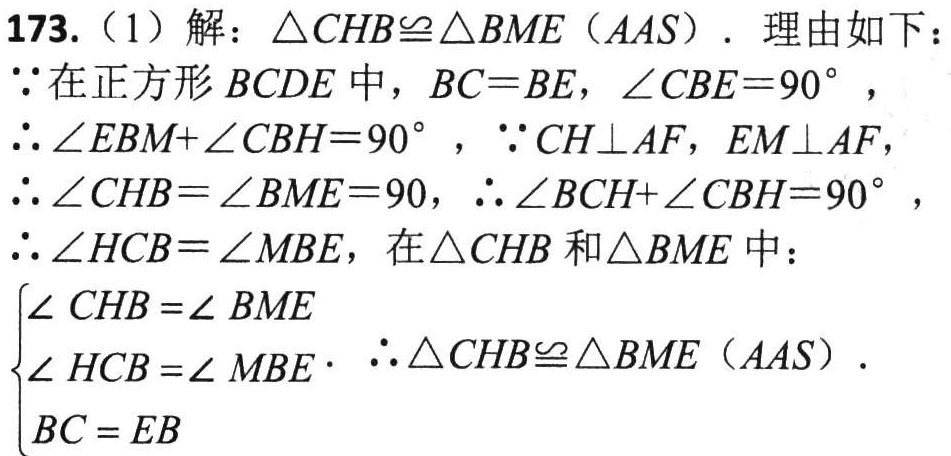
173.（1）解：\(\triangle CHB\cong\triangle BME(AAS)\). 理由如下：
\(\because\)在正方形 \(BCDE\) 中，\(BC = BE\)，\(\angle CBE = 90^{\circ}\)，
\(\therefore\angle EBM+\angle CBH = 90^{\circ}\)，\(\because CH\perp AF\)，\(EM\perp AF\)，
\(\therefore\angle CHB=\angle BME = 90\)，\(\therefore\angle BCH+\angle CBH = 90^{\circ}\)，
\(\therefore\angle HCB=\angle MBE\)，在\(\triangle CHB\)和\(\triangle BME\)中：
\(\begin{cases}
\angle CHB=\angle BME\\
\angle HCB=\angle MBE\\
BC = EB
\end{cases}\) \(\therefore\triangle CHB\cong\triangle BME(AAS)\).